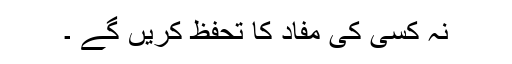
نہ کسی کی مفاد کا تحفظ کریں گے ۔